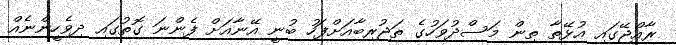
ރާއްޖޭގައި އުޅޭތާ ތިން މަސްދުވަހުގެ ތަޖުރިބާއަށްފަހު ބުނީ އޭނާއަށް ފެންނަ ގޮތުގައި ދިވެހީންނެއް